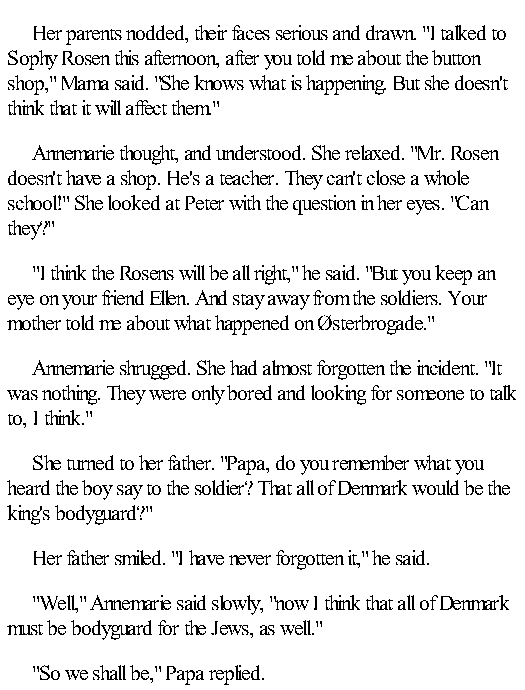
Her parents nodded, their faces serious and drawn. "I talked to
 Sophy Rosen this afternoon, after you told me about the button
 shop," Mama said. "She knows what is happening. But she doesn't
 think that it will affect them."
 Annemarie thought, and understood. She relaxed. "Mr. Rosen
 doesn't have a shop. He's a teacher. They can't close a whole
 school!" She looked at Peter with the question in her eyes. "Can
 they?"
 "I think the Rosens will be all right," he said. "But you keep an
 eye on your friend Ellen. And stay away from the soldiers. Your
 mother told me about what happened on Østerbrogade."
 Annemarie shrugged. She had almost forgotten the incident. "It
 was nothing. They were only bored and looking for someone to talk
 to, I think."
 She turned to her father. "Papa, do you remember what you
 heard the boy say to the soldier? That all of Denmark would be the
 king's bodyguard?"
 Her father smiled. "I have never forgotten it," he said.
 "Well," Annemarie said slowly, "now I think that all of Denmark
 must be bodyguard for the Jews, as well."
 "So we shall be," Papa replied.